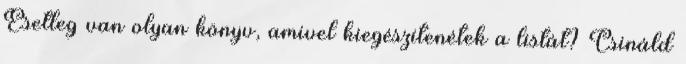
Esetleg van olyan könyv, amivel kiegészítenétek a listát? Csináld